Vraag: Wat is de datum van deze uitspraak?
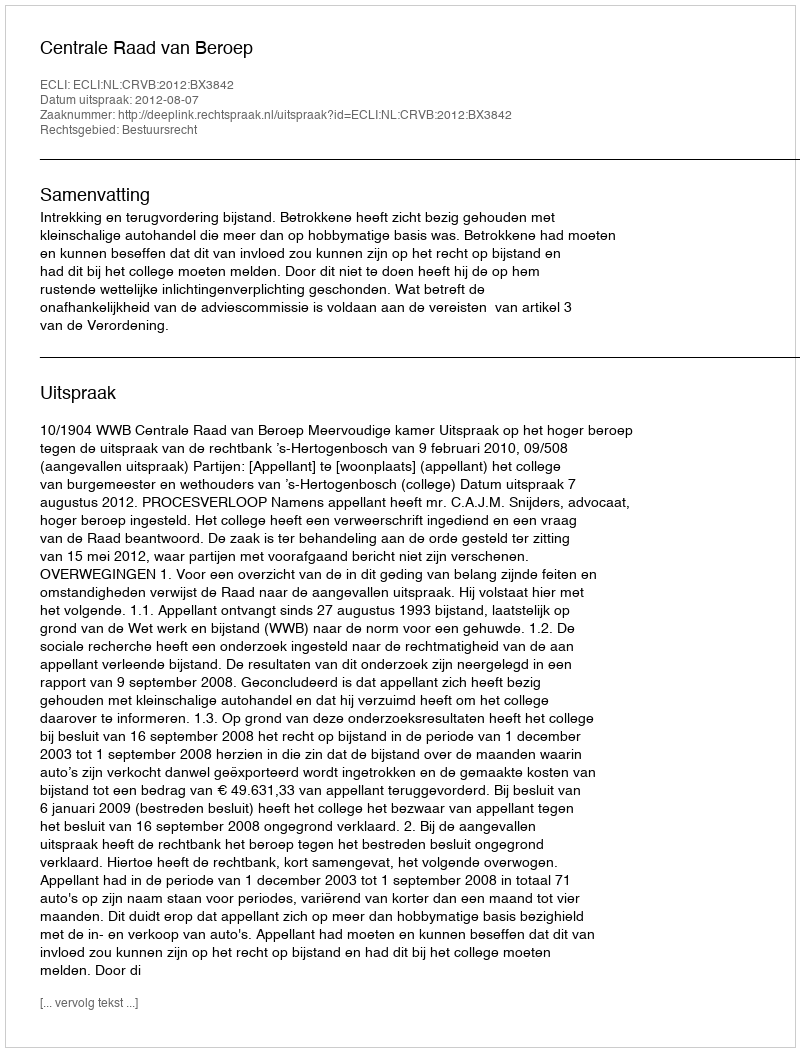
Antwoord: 2012-08-07